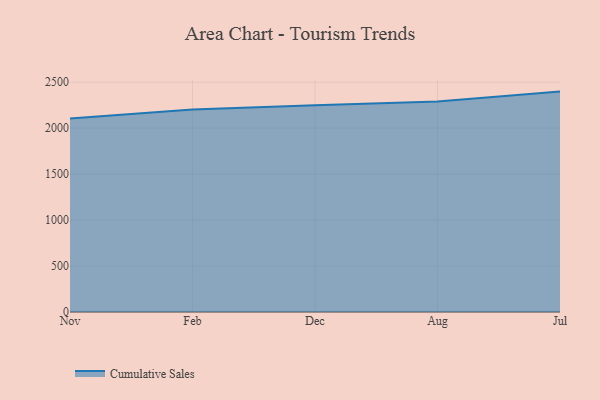
{"axis": {"x": "Month", "y": "Satisfaction Score"}, "legend": ["Cumulative Sales"], "data": [{"x": "Nov", "y": 2105.8, "type": "Cumulative Sales"}, {"x": "Feb", "y": 2202.4, "type": "Cumulative Sales"}, {"x": "Dec", "y": 2248.2, "type": "Cumulative Sales"}, {"x": "Aug", "y": 2289.3, "type": "Cumulative Sales"}, {"x": "Jul", "y": 2397.8, "type": "Cumulative Sales"}]}